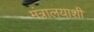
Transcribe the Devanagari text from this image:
मंत्रालयाशी